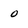
Character: O